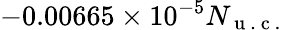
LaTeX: -0.00665\times 10^{-5}N_{\mathrm{~u~.~c~.~}}